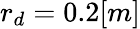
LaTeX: r_{d}=0.2[m]